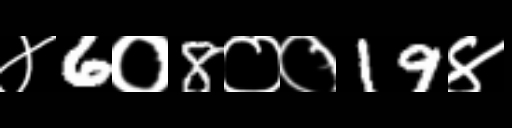
Text: ४6०8००19४